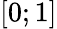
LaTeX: [0;1]